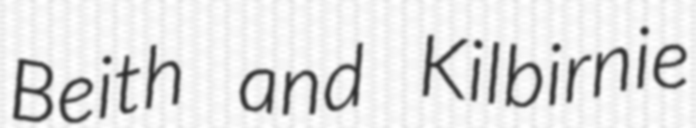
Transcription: Beith and Kilbirnie